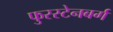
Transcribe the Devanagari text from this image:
फुरस्टेनबर्ग